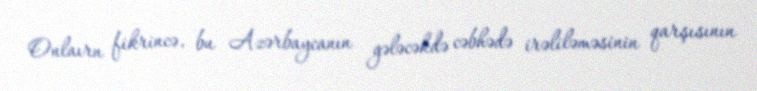
Onlaırn fikrincə, bu Azərbaycanın gələcəkdə cəbhədə irəliləməsinin qarşısının